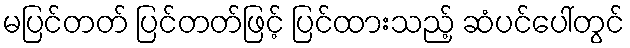
မပြင်တတ် ပြင်တတ်ဖြင့် ပြင်ထားသည့် ဆံပင်ပေါ်တွင်